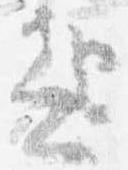
起